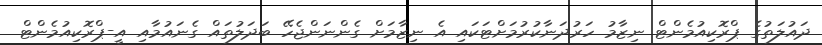
ދައުލަތުގެ ޕްރޮކިއުމެންޓް ނިޒާމު ހަރުދަނާކުރުމަށްޓަކައި އެ ނިޒާމަށް ގެންނަންޖެހޭ ބަދަލުތައް ގެނައުމާއި އީ-ޕްރޮކިއުމެންޓް